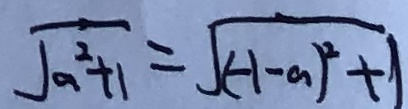
\sqrt { a ^ { 2 } + 1 } = \sqrt { ( - 1 - a ) ^ { 2 } + 1 }